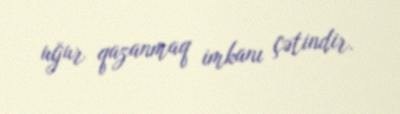
uğur qazanmaq imkanı çətindir.